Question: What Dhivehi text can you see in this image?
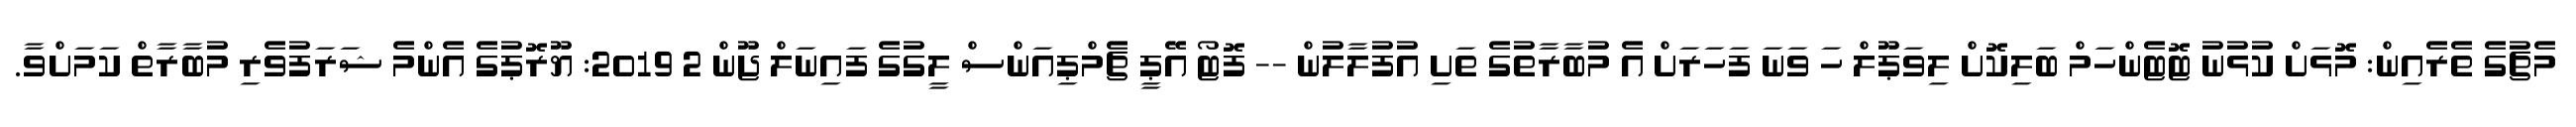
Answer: މެޗުގެ ތެރެއިން: މޮޅަށް ކުޅުނު ޓޮޓެންހަމް ބަލިކޮށް ލިވަޕޫލް ހަ ވަނަ ފަހަރަށް އެ މުބާރާތުގެ ތަށި އުފުލާލުން -- ފޮޓޯ އޭޕީ ޗެމްޕިއަންސް ލީގުގެ ފައިނަލް ޖޫން 2 2019: ޔޫރޮޕުގެ އެންމެ ޝަރަފުވެރި މުބާރާތް ކަމަށްވާ.